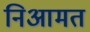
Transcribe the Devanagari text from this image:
निआमत